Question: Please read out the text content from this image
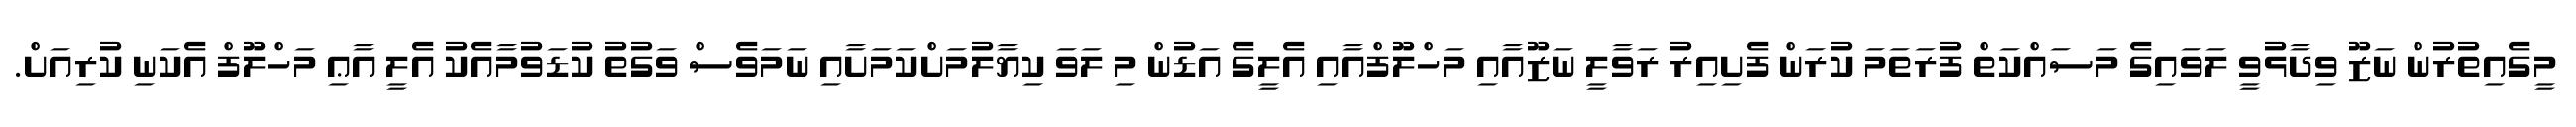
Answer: މީގެއިތުރުން ނަޒޫ ވިދާޅުވީ ލަވައިގެ މަސައްކަތް ފުރަތަމަ ކުރަން ފެށިއިރު ރަވާލީ ނަޒޫއާއި މަހްލޫފްއާއި އެލީގެ އަޑުން މި ލަވަ ކިޔާލުމަށްކަމަށާއި ނަމަވެސް ވަގުތު ކުޑަވުމާއެކު އެލީ އާޢި މަހްލޫފް އެކަނި ކުރިއަށް.